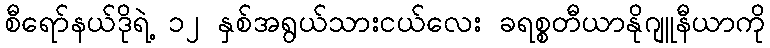
စီရော်နယ်ဒိုရဲ့ ၁၂ နှစ်အရွယ်သားငယ်လေး ခရစ္စတီယာနိုဂျူနီယာကို